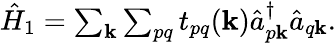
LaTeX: \begin{array}{r}{\hat{H}_{1}=\sum_{\mathbf k}\sum_{pq}t_{pq}(\mathbf k)\hat{a}_{p\mathbf k}^{\dagger}\hat{a}_{q\mathbf k}.}\end{array}